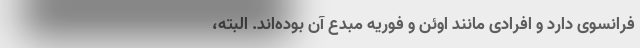
فرانسوی دارد و افرادی مانند اوئن و فوریه مبدع آن بوده‌اند. البته،